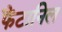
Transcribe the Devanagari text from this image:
फैंटानिल